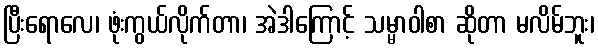
ပြီးရောလေ၊ ဖုံးကွယ်လိုက်တာ၊ အဲဒါကြောင့် သမ္မာဝါစာ ဆိုတာ မလိမ်ဘူး၊